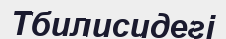
Тбилисидегі